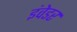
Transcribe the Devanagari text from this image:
इंवेडर